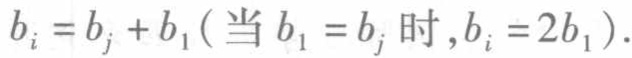
\(b_{i}=b_{j}+b_{1}(\text{当 }b_{1}=b_{j}\text{ 时},b_{i}=2b_{1}).\)